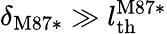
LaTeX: \delta_{\mathrm{M87*}}\gg l_{\mathrm{th}}^{\mathrm{M87*}}